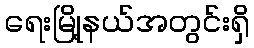
ရေးမြို့နယ်အတွင်းရှိ